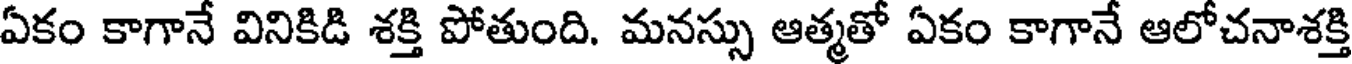
ఏకం కాగానే వినికిడి శక్తి పోతుంది. మనస్సు ఆత్మతో ఏకం కాగానే ఆలోచనాశక్తి